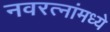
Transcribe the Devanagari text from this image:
नवरत्‍नांमध्ये